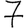
Digit: 7